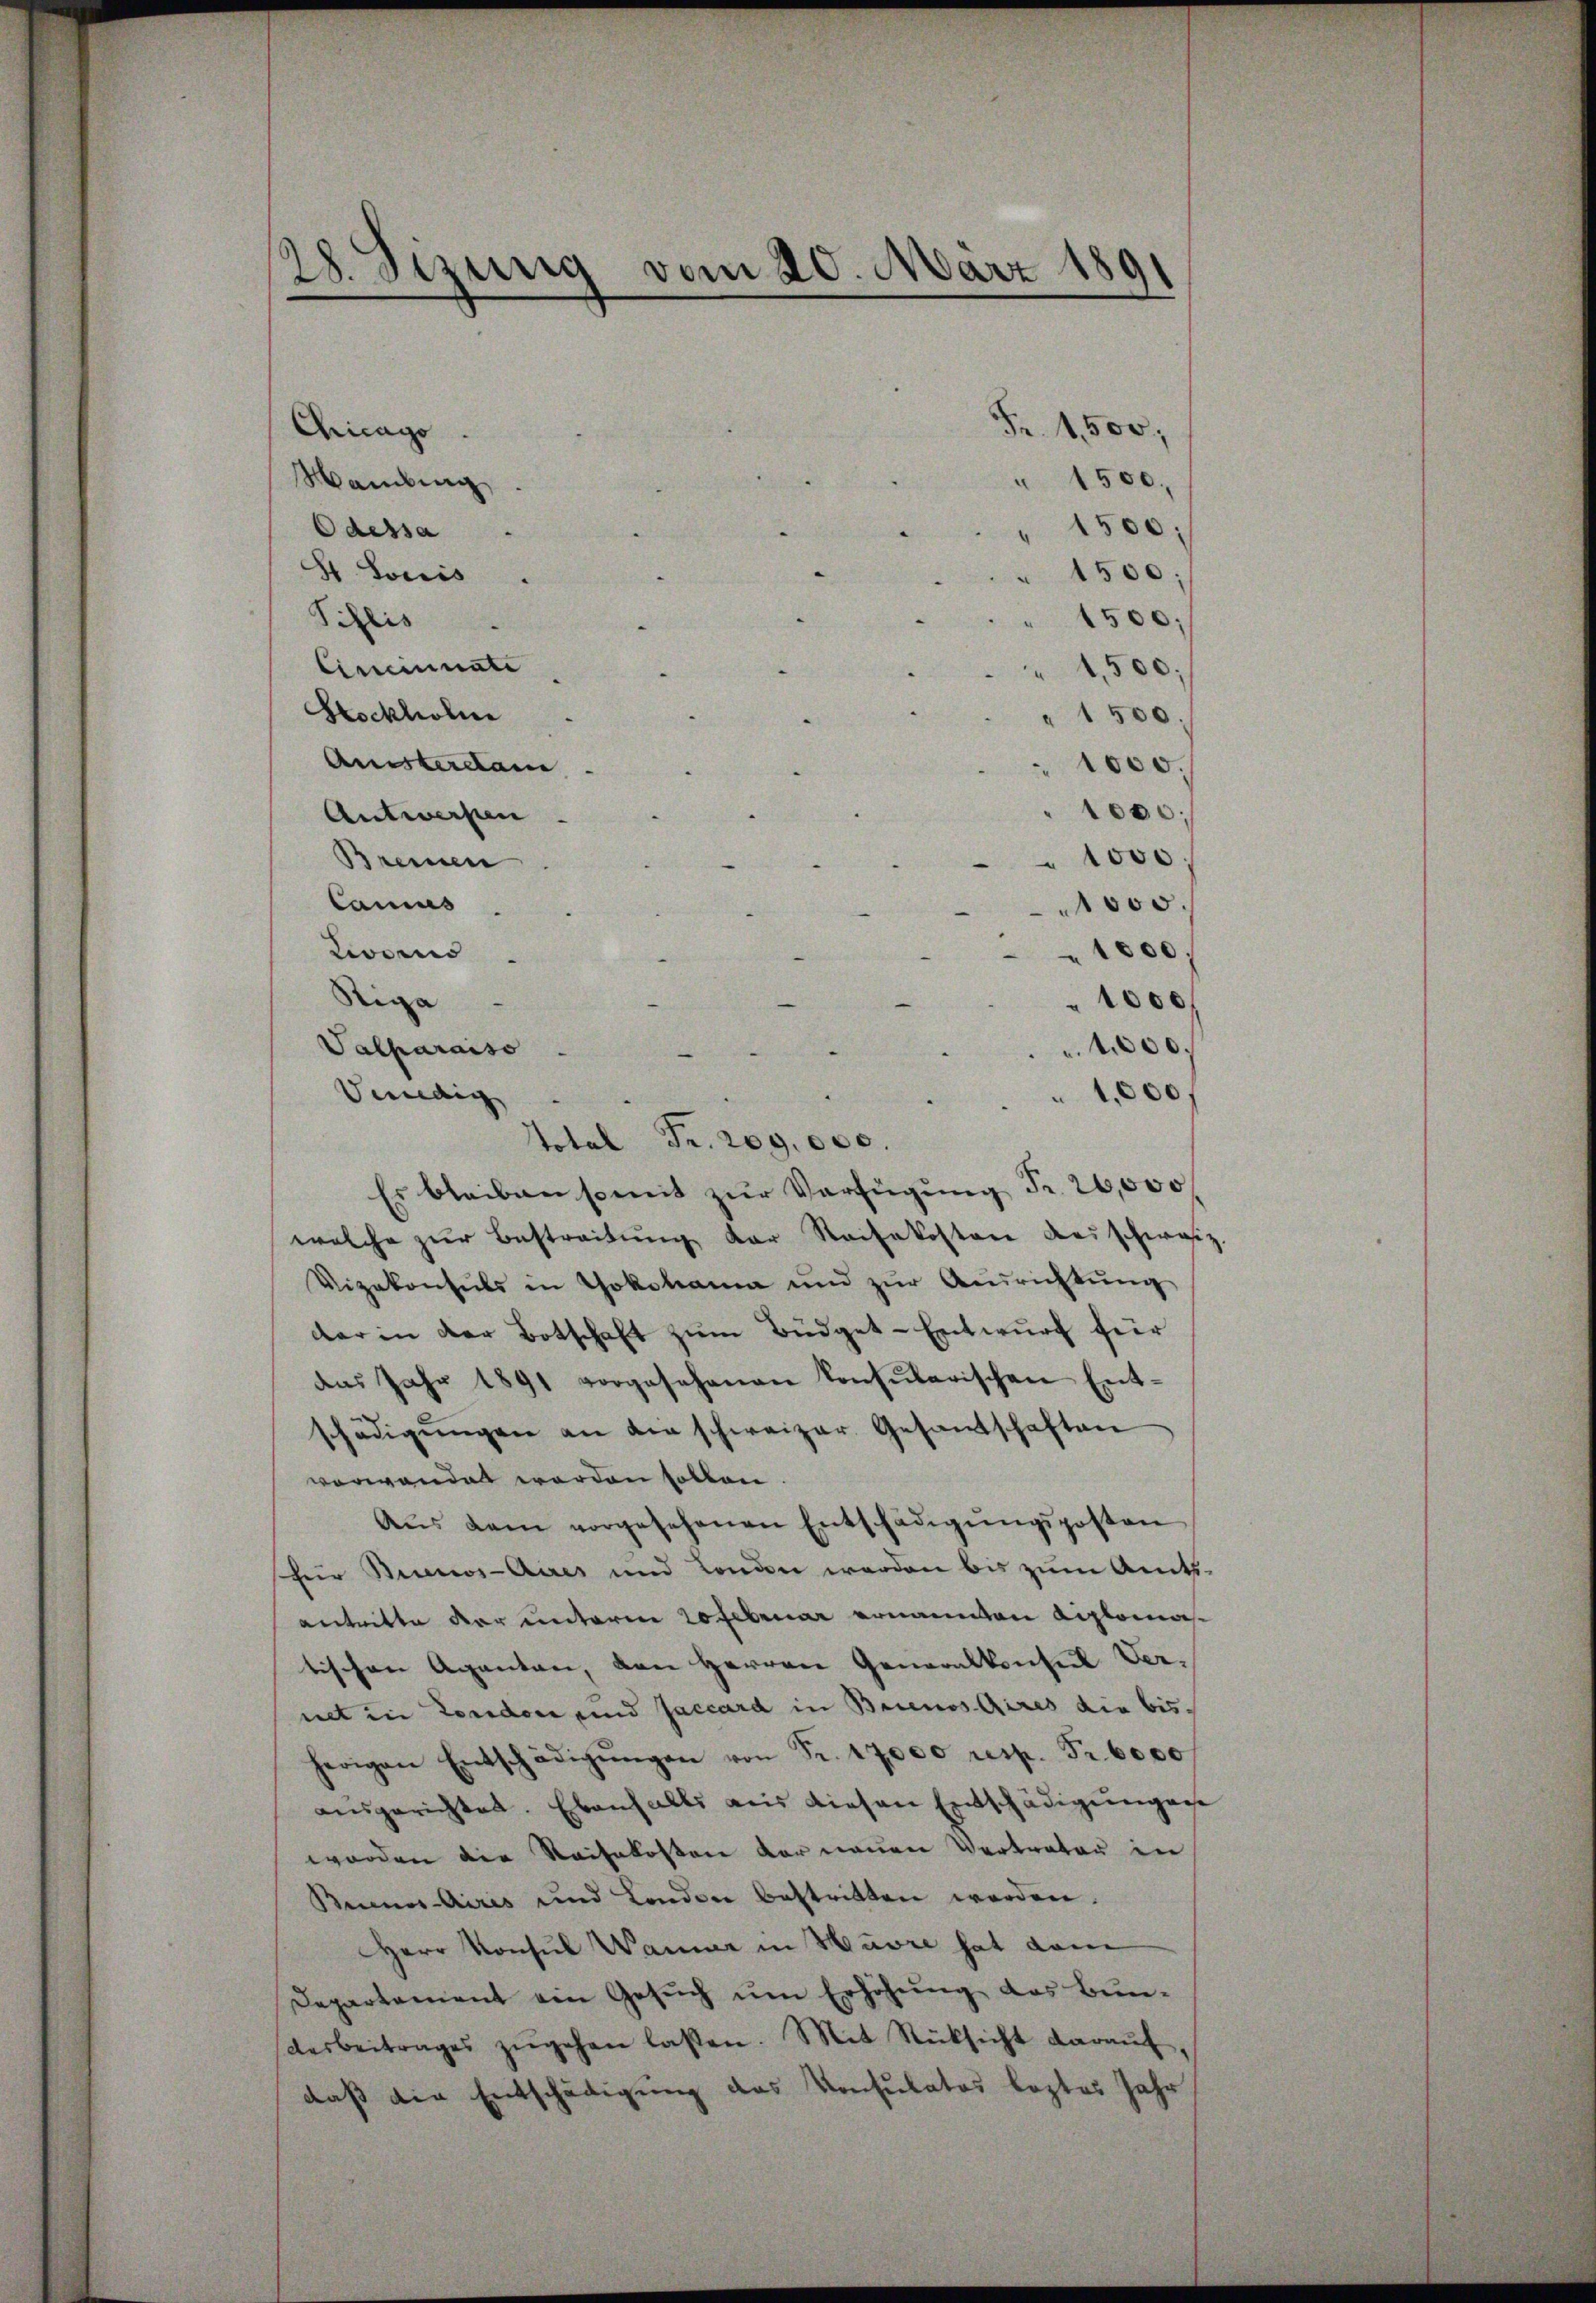
28. Sizung vom 20. März 1891

Chicago.
Wambung
Odessa
St. Louis
Silis
Cincinnate
Stockholm
Aussterdame
Antworfen
Bremen
Canus
waeno
Riga
Valparaiso
Venedig
Es bleiben somit zur Verfügung Fr. 20,000
welche zur Bestreitung der Reisekosten Ausschweiz
Vizekonsuls in Yokohama und zŭr Aŭsrichtŭng
dar in der Botschaft zum Büdget-Entwurf für
das Jahr 1891 vorgesehenen Konsŭlarischen Ent-
schädigŭngen an die schweizer. Gesandschaften
vorwandet worden sollen.
Aŭs dem vorgesehenen Entschädigŭngsposten
für Brunos-Aires und London werden bis zum Amts-
antritte der unterm 20 Februar ernannten Liplomatischen Aganten, von Herren Generalkonsul Vernet in London und Jaccard in Brienos Aires die bisherigen Entschädigŭngen von Fr. 17000 resp. Fr. 6000
ausgerichtet. Ebenfalls aus diesen Entschädigungen
worden die Reisekosten der neuen Vertreter in
Beines Aires und London bestritten werden.
Herr Konsul Wanner in Havre hat dam
Departement ein Gesuch um Erhöhung das Bun-
desbeitrages zŭgehen lassen. Mit Rücksicht daraŭf,
daß die Entschädigung des Konsulatos leztes Jahr

Total Fr. 209. 000.

1500;
" 1,500;
" 1500.
1000.
1000;
1000.
1000.
1000
1000
4,000.
1,000.

Fr. 1,500,

" 1500.
" 1500;
" 1500;

.